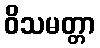
ဝိသမတ္တာ